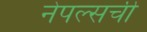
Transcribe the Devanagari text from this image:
नेपल्सची